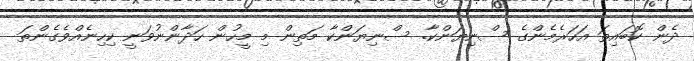
ދެން ކޮބައިތަ އަހަރެމެންގެ ސްނިޔަންކާ. ސްނިޔަންކާ މަތިން މި މީހުން ހަދާންނުވަނީ ކިހިނެއްވެގެންތަ